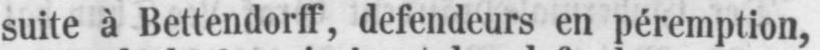
suite à Bettendorff, defendeurs en péremption,